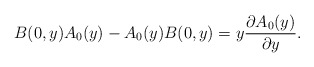
\begin{align*}B(0,y) A_0(y) - A_0(y) B(0,y) = y\frac{\partial A_0(y)}{\partial y}.\end{align*}